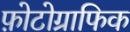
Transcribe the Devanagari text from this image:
फ़ोटोग्राफिक